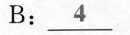
B:\underline{4}